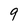
Character: 9